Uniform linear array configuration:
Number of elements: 8
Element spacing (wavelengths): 0.5
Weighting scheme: uniform
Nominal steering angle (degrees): -15
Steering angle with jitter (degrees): -13.047
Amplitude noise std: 0.05
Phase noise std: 0.05

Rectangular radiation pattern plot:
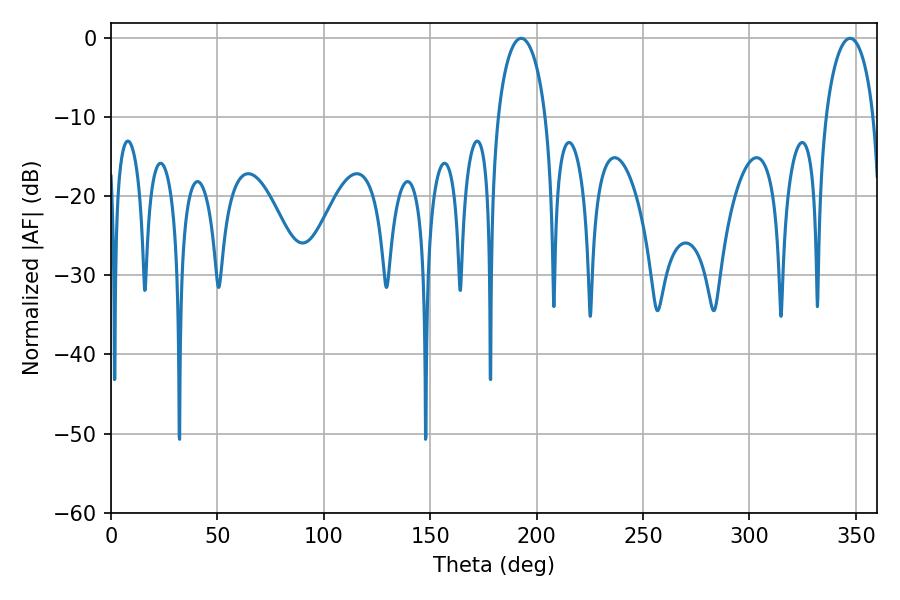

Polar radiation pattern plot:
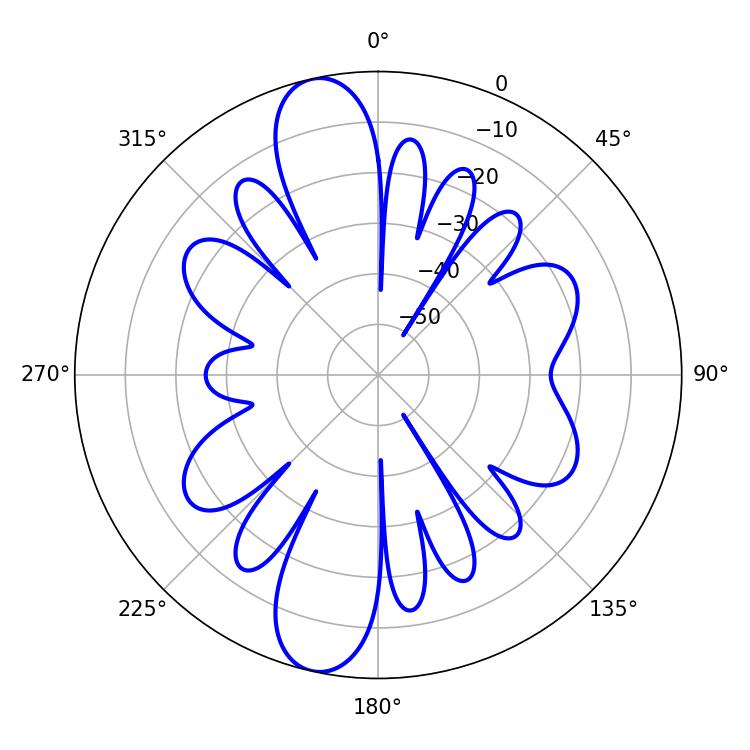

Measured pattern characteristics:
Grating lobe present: FALSE
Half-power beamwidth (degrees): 12.96
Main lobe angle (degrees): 347.22